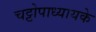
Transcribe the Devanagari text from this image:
चट्टोपाध्यायके